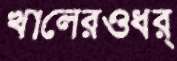
খালেরওধর্